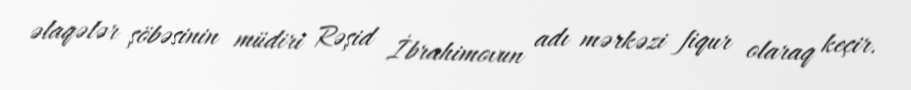
əlaqələr şöbəsinin müdiri Rəşid İbrahimovun adı mərkəzi fiqur olaraq keçir.